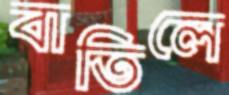
বাতিলে